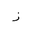
Letter: _zay